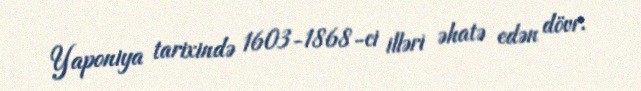
Yaponiya tarixində 1603-1868-ci illəri əhatə edən dövr.